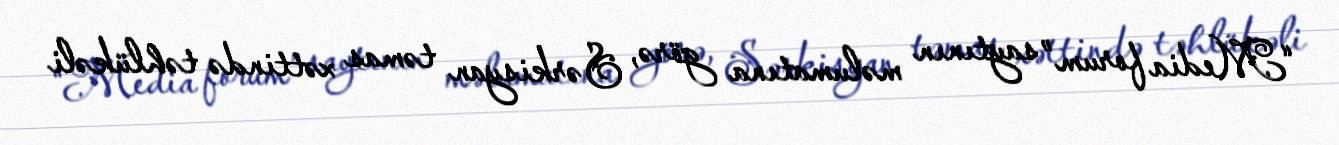
“Media forum” saytının məlumatına görə, Sərkisyan təmas xəttində təhlükəli